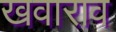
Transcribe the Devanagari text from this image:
खवाराव